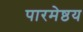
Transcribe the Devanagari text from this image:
पारमेष्ठय